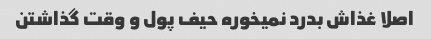
اصلا غذاش بدرد نمیخوره حیف پول و وقت گذاشتن